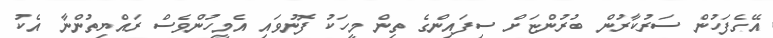
އޭގެފަހުން ސަރުކާރުން ބުރުންޏަށް ސިފައިންގެ ތިން މީހަކު ފޮނުވައި އެމީހުންވެސް ރައްޔިތުންނާ އެކު